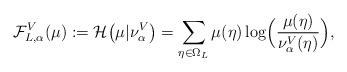
LaTeX: \begin{align*} \mathcal F_{L,\alpha}^V(\mu) :=\mathcal H\bigl(\mu|\nu_\alpha^V\bigr)=\sum_{\eta\in\Omega_L} \mu(\eta) \log \Bigl(\frac{\mu(\eta)}{\nu_\alpha^V(\eta)}\Bigr),\end{align*}